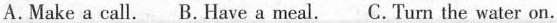
A.Make a call. B.Have a meal. C.Turn the water on.